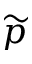
\widetilde { p }